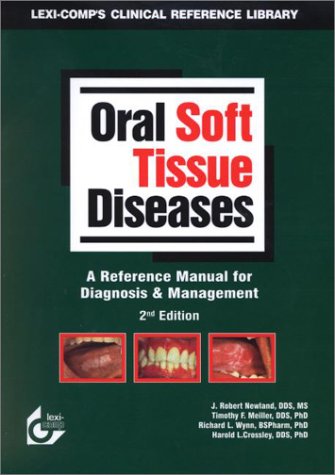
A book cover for Oral Soft Tissue Diseases: A Reference Manual for Diagnosis and Management; Newland; Medical Books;